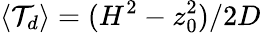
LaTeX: \langle\mathcal{T}_{d}\rangle=(H^{2}-z_{0}^{2})/2D